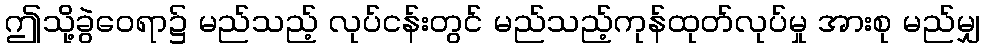
ဤသို့ခွဲဝေရာ၌ မည်သည့် လုပ်ငန်းတွင် မည်သည့်ကုန်ထုတ်လုပ်မှု အားစု မည်မျှ